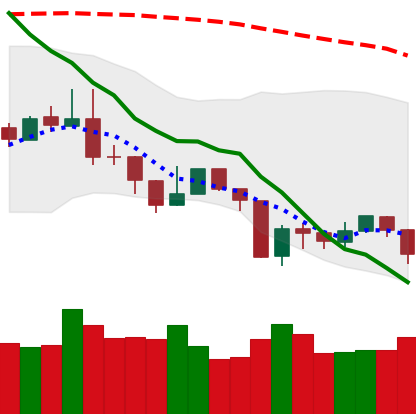
Ticker: NEO-USD
Chart end date: 2019-08-21
Forward return: 4.486%
Label: up_3_5